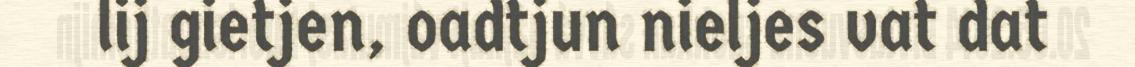
lij gietjen, oadtjun nieljes vat dat